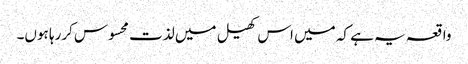
واقعہ یہ ہے کہ میں اس کھیل میں لذت محسوس کررہا ہوں۔